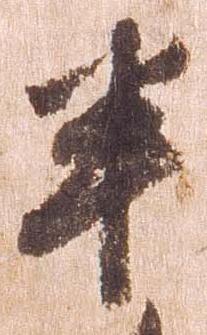
半